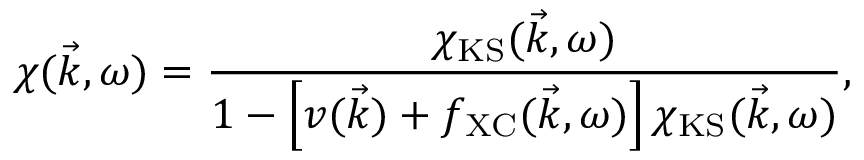
\chi ( \vec { k } , \omega ) = \frac { \chi _ { \mathrm { K S } } ( \vec { k } , \omega ) } { 1 - \left[ v ( \vec { k } ) + f _ { \mathrm { X C } } ( \vec { k } , \omega ) \right] \chi _ { \mathrm { K S } } ( \vec { k } , \omega ) } ,